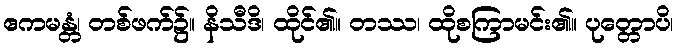
ဧကမန္တံ၊ တစ်ဖက်၌။ နိသီဒိ၊ ထိုင်၏။ တဿ၊ ထိုစကြာမင်း၏။ ပုတ္တောပိ၊